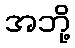
အဘို့